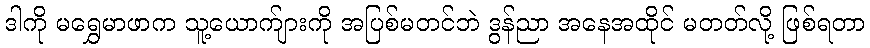
ဒါကို မရွှေမာဖာက သူ့ယောက်ျားကို အပြစ်မတင်ဘဲ ဒွန်ညာ အနေအထိုင် မတတ်လို့ ဖြစ်ရတာ